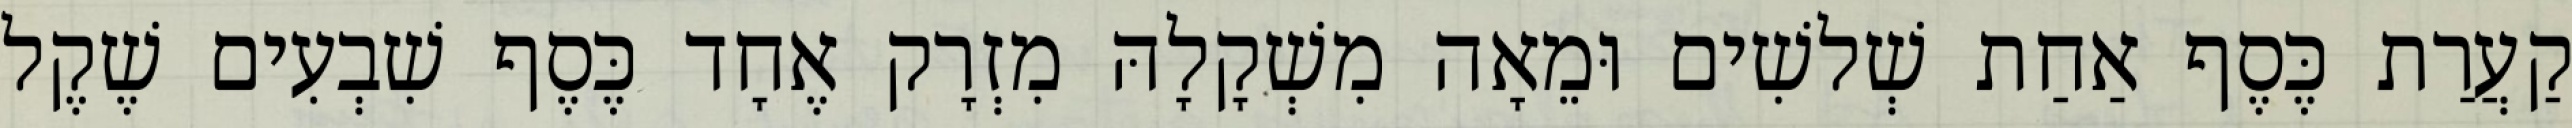
קַעֲרַת כֶּסֶף אַחַת שְׁלשִׁים וּמֵאָה מִשְׁקָלָהּ מִזְרָק אֶחָד כֶּסֶף שִׁבְעִים שֶׁקֶל